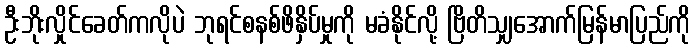
ဦးဘိုးလှိုင်ခေတ်ကလိုပဲ ဘုရင်စနစ်ဖိနှိပ်မှုကို မခံနိုင်လို့ ဗြိတိသျှအောက်မြန်မာပြည်ကို